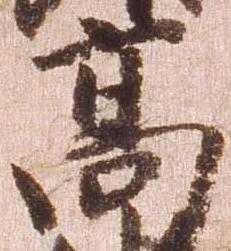
高